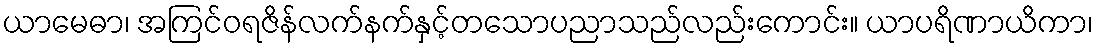
ယာမေဓာ၊ အကြင်ဝရဇိန်လက်နက်နှင့်တသောပညာသည်လည်းကောင်း။ ယာပရိဏာယိကာ၊